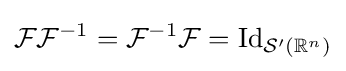
{\mathcal {F}}{\mathcal {F}}^{-1}={\mathcal {F}}^{-1}{\mathcal {F}}=\operatorname {Id} _{{\mathcal {S}}'(\mathbb {R} ^{n})}